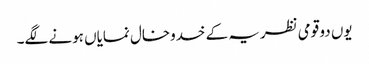
یوں دو قومی نظریہ کے خدوخال نمایاں ہونے لگے۔